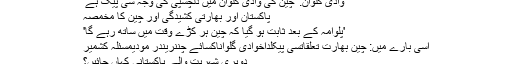
وادی گلوان: 'چین کی وادی گلوان میں دلچسپی کی وجہ سی پیک ہے'
پاکستان اور بھارتی کشیدگی اور چین کا مخمصہ
'پلوامہ کے بعد ثابت ہو گیا کہ چین ہر کڑے وقت میں ساتھ رہے گا'
اسی بارے میں: چین بھارت تعلقاتسی پیکلداخوادی گلواناکسائے چننریندر مودیمسئلہ کشمیر
دوہری شہریت والے پاکستانی کہاں جائیں؟